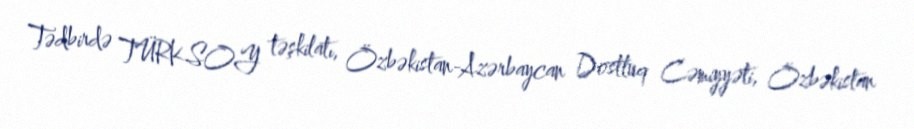
Tədbirdə TÜRKSOY təşkilatı, Özbəkistan-Azərbaycan Dostluq Cəmiyyəti, Özbəkistan